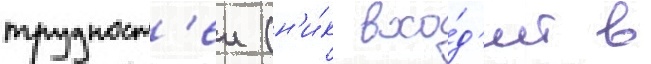
трудност'еи (н'и́к вхо́д'ит в